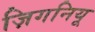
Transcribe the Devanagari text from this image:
ज़िगनियू